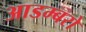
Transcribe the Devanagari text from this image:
आडम्बरो